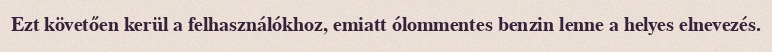
Ezt követően kerül a felhasználókhoz, emiatt ólommentes benzin lenne a helyes elnevezés.